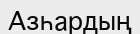
Азһардың